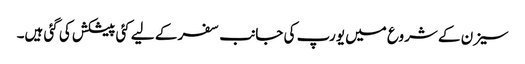
سیزن کے شروع میں یورپ کی جانب سفر کے لیے کئی پیشکش کی گئی ہیں۔